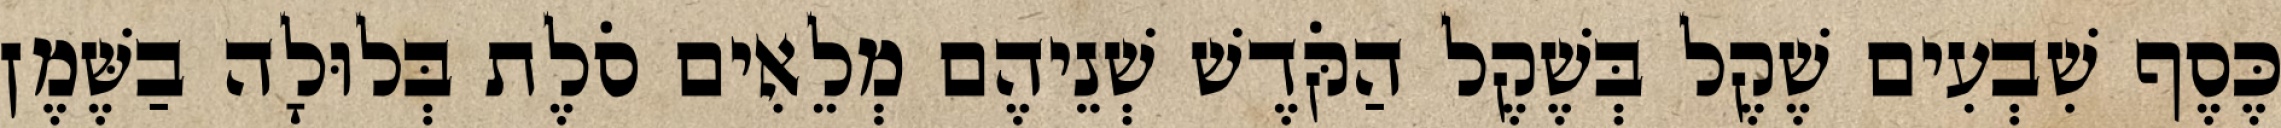
כֶּסֶף שִׁבְעִים שֶׁקֶל בְּשֶׁקֶל הַקֹּדֶשׁ שְׁנֵיהֶם מְלֵאִים סֹלֶת בְּלוּלָה בַשֶּׁמֶן